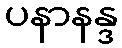
ပနာနန္ဒ